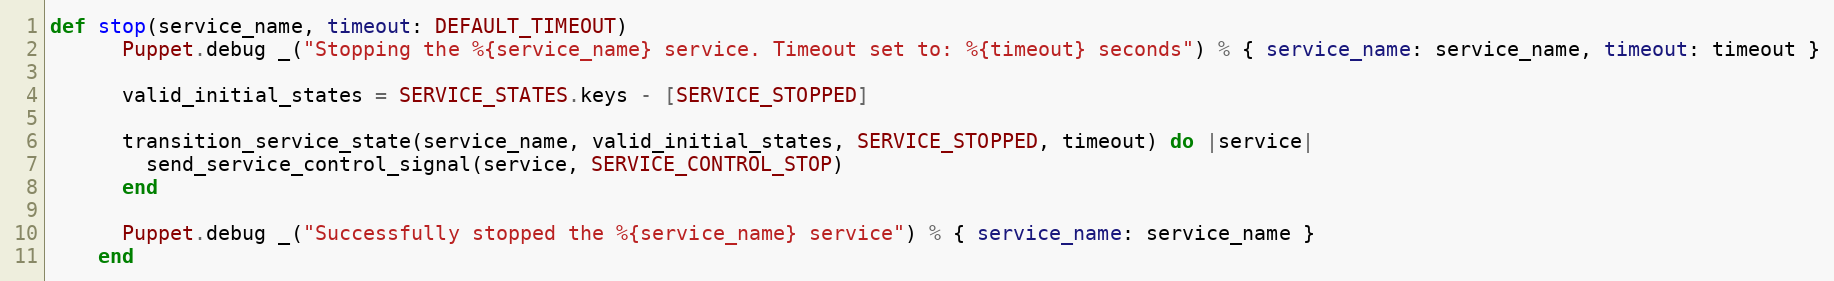
Language: Ruby
def stop(service_name, timeout: DEFAULT_TIMEOUT)
      Puppet.debug _("Stopping the %{service_name} service. Timeout set to: %{timeout} seconds") % { service_name: service_name, timeout: timeout }

      valid_initial_states = SERVICE_STATES.keys - [SERVICE_STOPPED]

      transition_service_state(service_name, valid_initial_states, SERVICE_STOPPED, timeout) do |service|
        send_service_control_signal(service, SERVICE_CONTROL_STOP)
      end

      Puppet.debug _("Successfully stopped the %{service_name} service") % { service_name: service_name }
    end